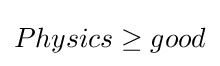
Physics\geq good